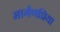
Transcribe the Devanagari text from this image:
मार्गणप्रिया